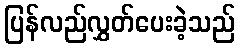
ပြန်လည်လွှတ်ပေးခဲ့သည်